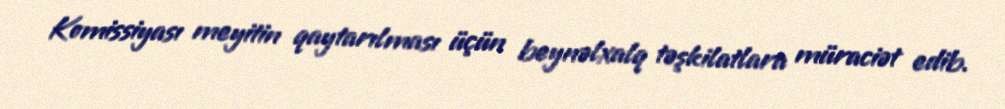
Komissiyası meyitin qaytarılması üçün beynəlxalq təşkilatlara müraciət edib.